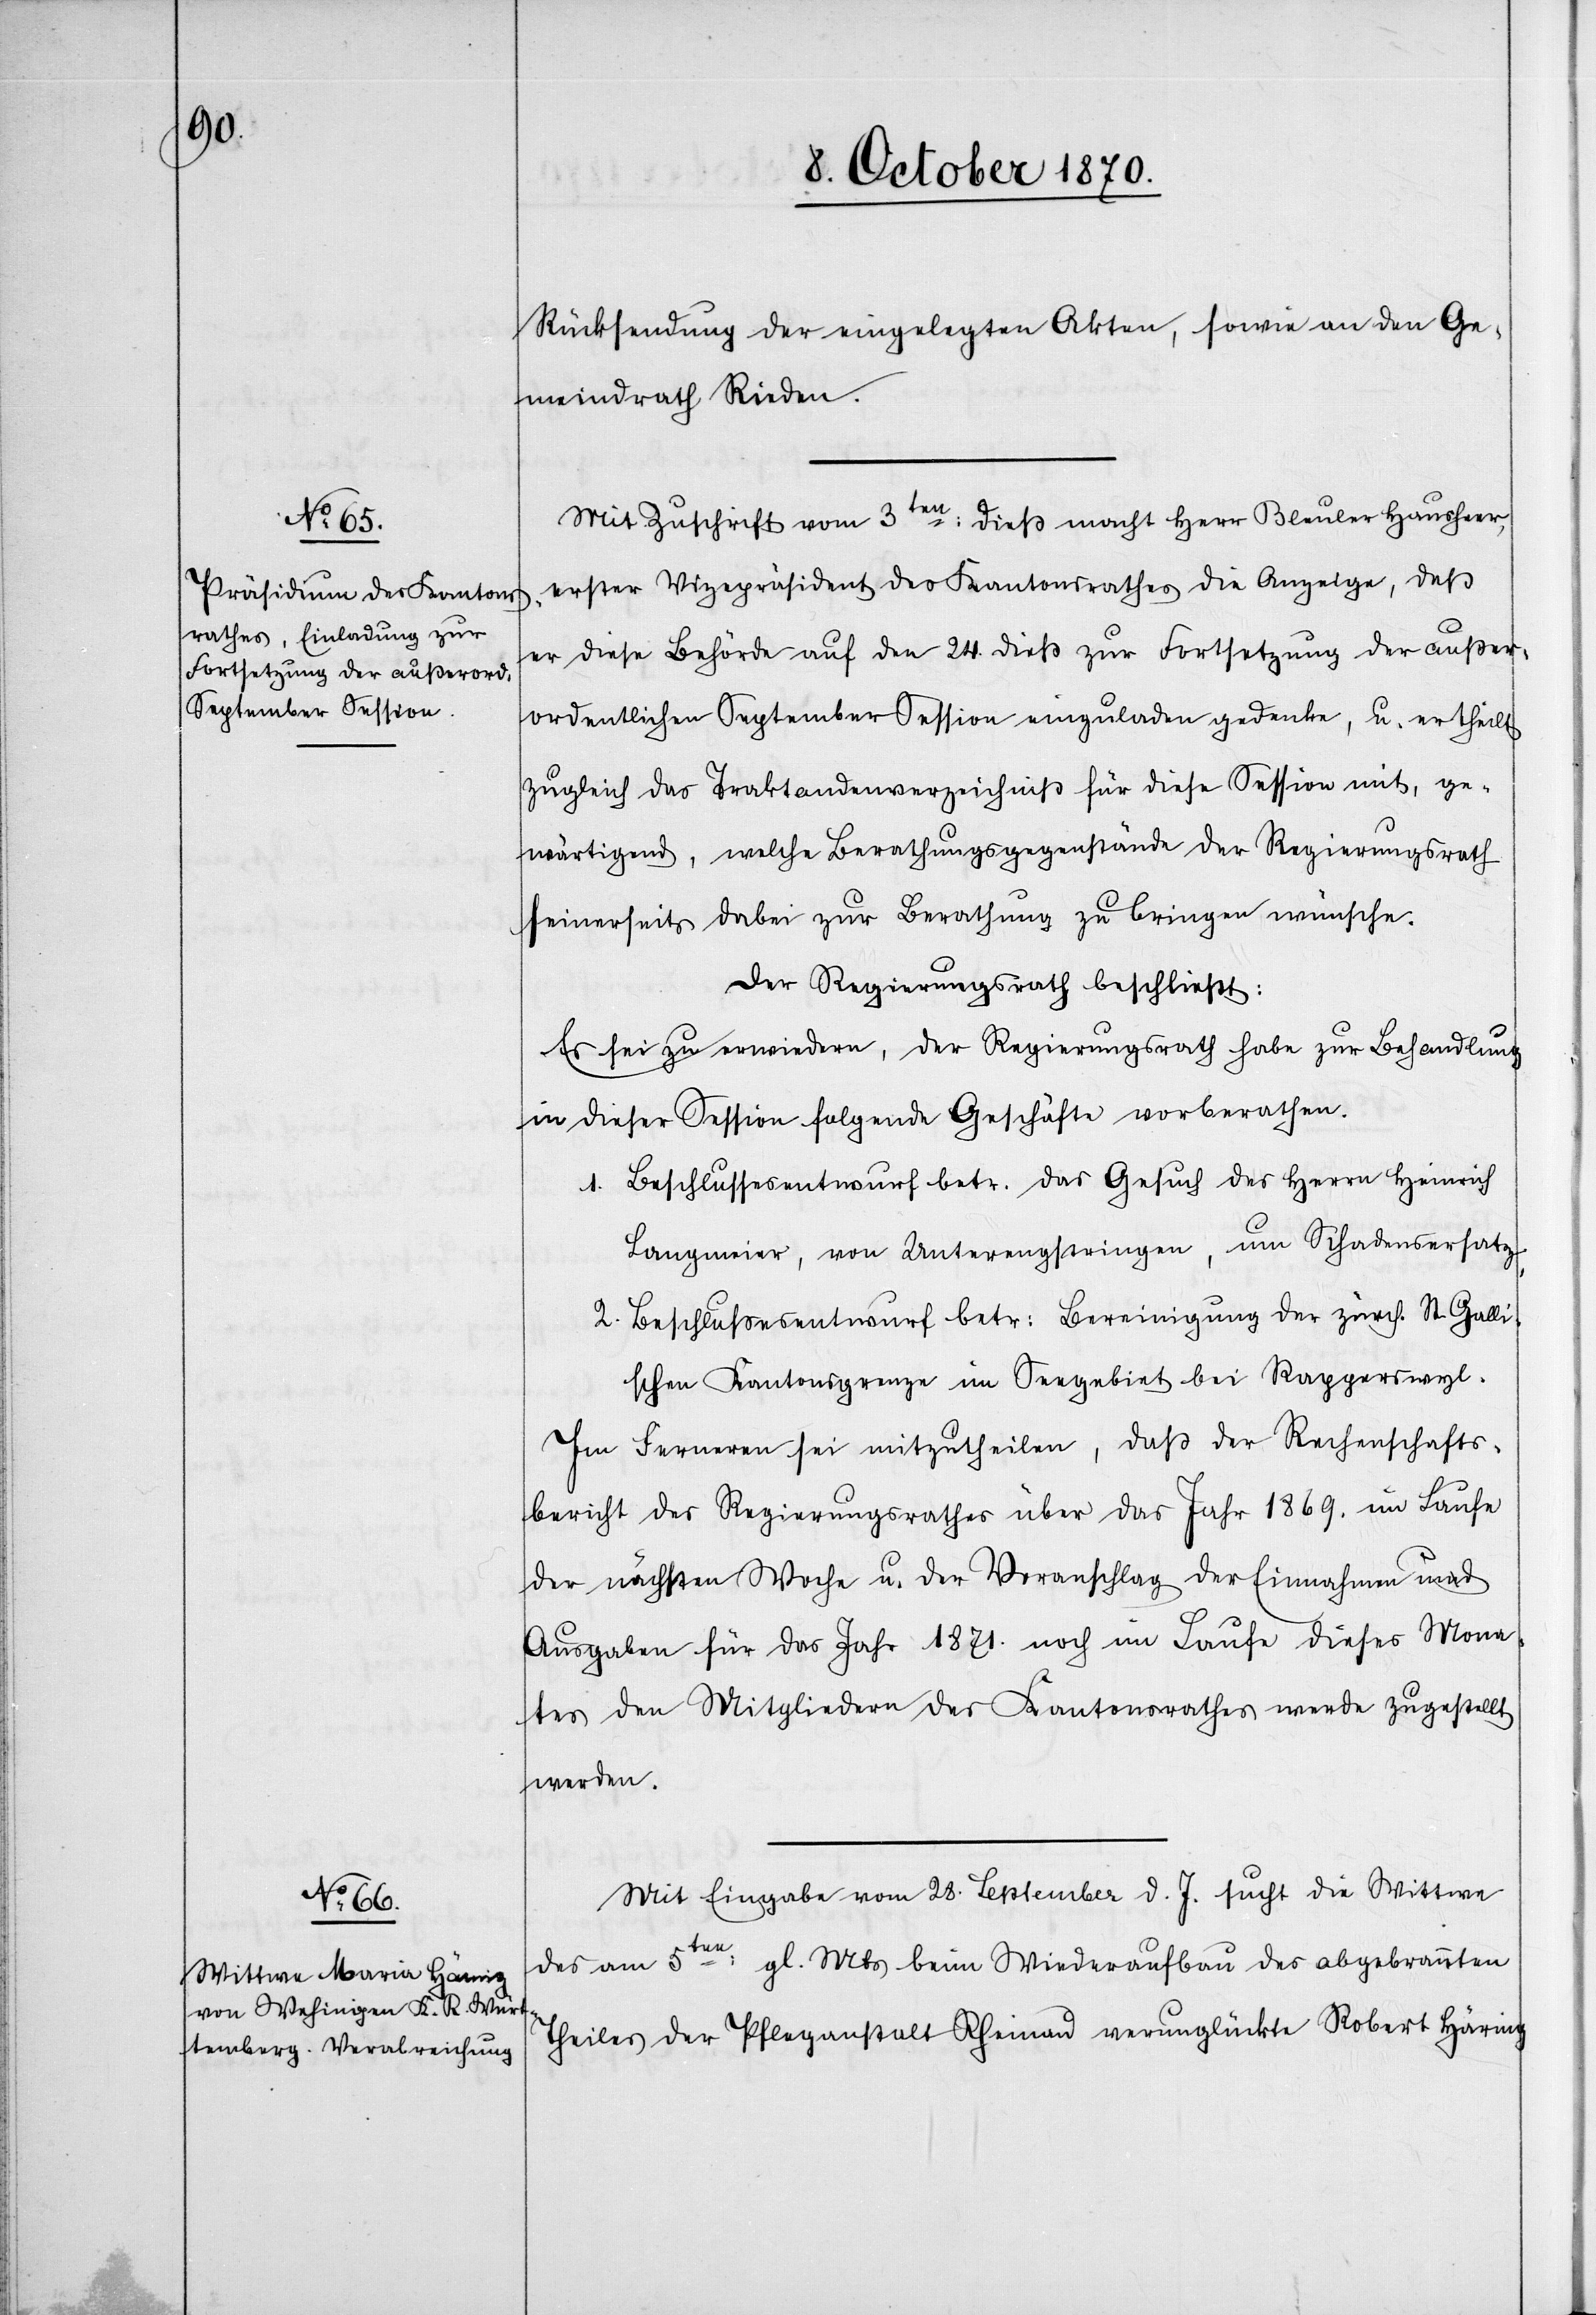
Rücksendung der eingelegten Akten, sowie an den Ge¬
meindrath Rieden.
Mit Zuschrift vom 3ten: dieß macht Herr Bleuler Hausheer,
erster Vizepräsident des Kantonsrathes die Anzeige, daß
er diese Behörde auf den 24. dieß zur Fortsetzung der außer¬
ordentlichen September Session einzuladen gedenke, u. er theilt
zugleich das Traktandenverzeichniß für diese Session mit, ge¬
wärtigend, welche Berathungsgegenstände der Regierungsrath
seinerseits dabei zur Berathung zu bringen wünsche.
Der Regierungsrath beschließt:
Es sei zu erwiedern, der Regierungsrath habe zur Behandlung
in dieser Session folgende Geschäfte vorberathen.
1. Beschlussesentwurf betr. das Gesuch des Herrn Heinrich
Langmeier, von Unterengstringen, um Schadenersatz.
2. Beschlußesentwurf betr. Bereinigung der zürch. St. Galli¬
schen Kantonsgrenze im Seegebiet bei Rapperswyl.
Im Ferneren sei mitzutheilen, daß der Rechenschafts¬
bericht des Regierungsrathes über das Jahr 1869. im Laufe
der nächsten Woche u. der Voranschlag der Einnahmen und
Ausgaben für das Jahr 1871. noch im Laufe dieses Mona¬
tes den Mitgliedern des Kantonsrathes werde zugestellt
werden.
Mit Eingabe vom 28. September d. Js. sucht die Wittwe
des am 5ten: gl. Mts. beim Wiederaufbau des abgebrannten
Theiles der Pflegeanstalt Rheinau verunglückten Robert Häring